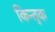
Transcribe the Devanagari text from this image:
किन्तुक